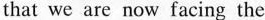
that we are now facing the